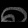
Digit: ၈